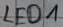
Text: LED1